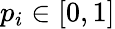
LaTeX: p_{i}\in[0,1]